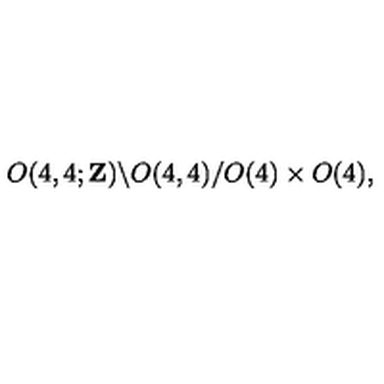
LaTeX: O ( 4 , 4 ; { \bf Z } ) \backslash O ( 4 , 4 ) / O ( 4 ) \times O ( 4 ) ,